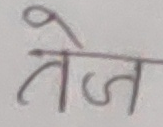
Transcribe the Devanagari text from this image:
तेज